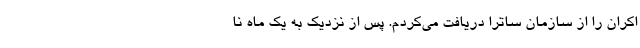
اکران را از سازمان ساترا دریافت می‌کردم. پس از نزدیک به یک ماه نا